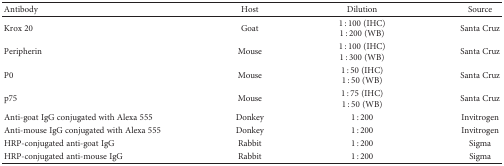
<table><thead><tr><td><b>Antibody</b></td><td><b>Host</b></td><td><b>Dilution</b></td><td><b>Source</b></td></tr></thead><tbody><tr><td>Krox 20</td><td>Goat</td><td>1 : 100 (IHC)1 : 200 (WB)</td><td>Santa Cruz</td></tr><tr><td>Peripherin</td><td>Mouse</td><td>1 : 100 (IHC)1 : 300 (WB)</td><td>Santa Cruz</td></tr><tr><td>P0</td><td>Mouse</td><td>1 : 50 (IHC)1 : 50 (WB)</td><td>Santa Cruz</td></tr><tr><td>p75</td><td>Mouse</td><td>1 : 75 (IHC)1 : 50 (WB)</td><td>Santa Cruz</td></tr><tr><td>Anti-goat IgG conjugated with Alexa 555</td><td>Donkey</td><td>1 : 200</td><td>Invitrogen</td></tr><tr><td>Anti-mouse IgG conjugated with Alexa 555</td><td>Donkey</td><td>1 : 200</td><td>Invitrogen</td></tr><tr><td>HRP-conjugated anti-goat IgG</td><td>Rabbit</td><td>1 : 200</td><td>Sigma</td></tr><tr><td>HRP-conjugated anti-mouse IgG</td><td>Rabbit</td><td>1 : 200</td><td>Sigma</td></tr></tbody></table>